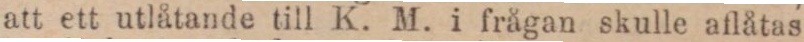
att ett utlåtande till K. M. i frågan skulle aflåtas